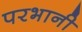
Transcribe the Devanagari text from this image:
परभानी